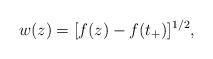
LaTeX: \begin{align*}w(z)=[f(z)-f(t_+)]^{1/2},\end{align*}